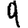
Digit: 9